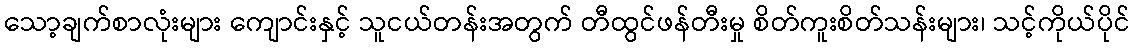
သော့ချက်စာလုံးများ ကျောင်းနှင့် သူငယ်တန်းအတွက် တီထွင်ဖန်တီးမှု စိတ်ကူးစိတ်သန်းများ၊ သင့်ကိုယ်ပိုင်